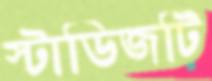
স্টাডিজটি